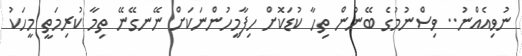
ނުވިއެއްނު.. ވިސްނުމުގެ ބޭނުން ތިހާ ކުޑަކޮށް ހިފާމީހުންނަކަށް ނޭނގޭނޭ ތިމާ ކުރިމަތީ މީހަކު